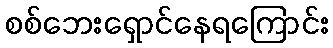
စစ်ဘေးရှောင်နေရကြောင်း